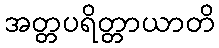
အတ္တပရိတ္တာယာတိ